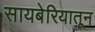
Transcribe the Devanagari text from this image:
सायबेरियातून